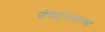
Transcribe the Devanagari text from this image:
पोवळ्यासारखा